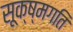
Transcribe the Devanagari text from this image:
सूक्ष्‍मगति